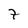
Character: 7